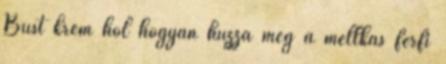
Bust krém hol hogyan húzza meg a mellkas férfi